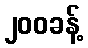
၂၀၀ခန့်